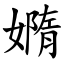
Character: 嫷